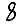
Digit: 8